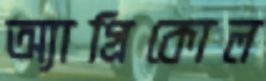
অ্যাগ্রিকোল